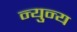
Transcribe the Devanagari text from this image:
न्युन्य